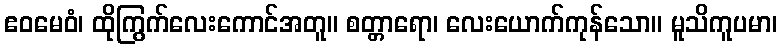
ဧဝမေဝံ၊ ထိုကြွက်လေးကောင်အတူ။ စတ္တာရော၊ လေးယောက်ကုန်သော။ မူသိကူပမာ၊